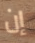
إن